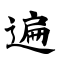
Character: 遍